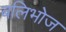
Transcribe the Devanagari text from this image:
बलिभोज